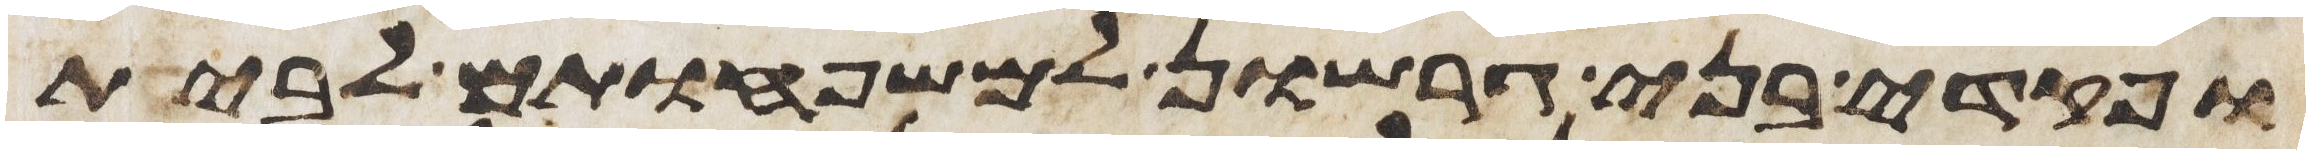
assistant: ופקדי בני גרשון למשפחותם לבית